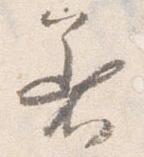
着